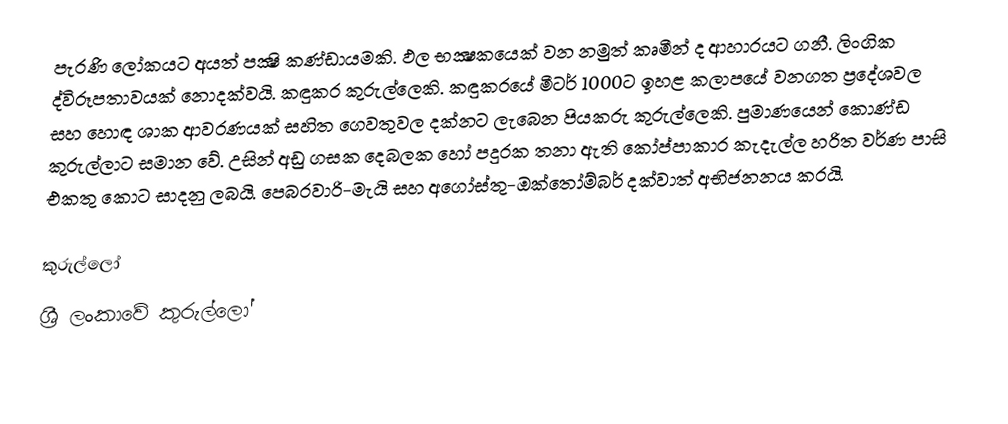
පැරණි ලෝකයට අයත් පක්‍ෂි කණ්ඩායමකි. ඵල භක්‍ෂකයෙක් වන නමුත් කෘමීන් ද ආහාරයට ගනී. ලිංගික ද්විරූපතාවයක් නොදක්වයි. කඳුකර කුරුල්ලෙකි. කඳුකරයේ මීටර් 1000ට ඉහළ කලාපයේ වනගත ප්‍රදේශවල සහ හොඳ ශාක ආවරණයක් සහිත ගෙවතුවල දක්නට ලැබෙන පියකරු කුරුල්ලෙකි. පුමාණයෙන් කොණ්ඩ කුරුල්ලාට සමාන වේ. උසින් අඩු ගසක දෙබලක හෝ පදුරක තනා ඇති කෝප්පාකාර කැදැල්ල හරිත වර්ණ පාසි එකතු කොට සාදනු ලබයි. පෙබරවාරි-මැයි සහ අගෝස්තු-ඔක්තෝම්බර් දක්වාත් අභිජනනය කරයි.

කුරුල්ලෝ
ශ්‍රී ලංකාවේ කුරුල්ලෝ